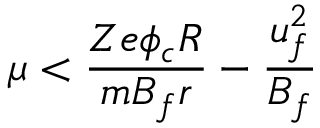
\mu < \frac { Z e \phi _ { c } R } { m B _ { f } r } - \frac { u _ { f } ^ { 2 } } { B _ { f } }